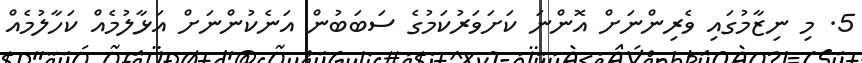
5. މި ނިޒާމުގައި ވެރިންނަށް އޮންނަ ކަށަވަރުކަމުގެ ސަބަބުން އަނެކުންނަށް އަޅާލުމެއް ކަހާލުމެއް